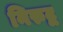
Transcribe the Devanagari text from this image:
निरुद्व